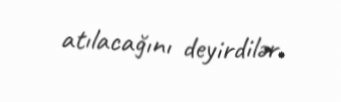
atılacağını deyirdilər.